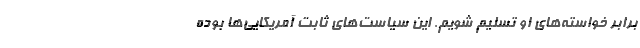
برابر خواسته‌های او تسلیم شویم. این سیاست‌های ثابت آمریکایی‌ها بوده